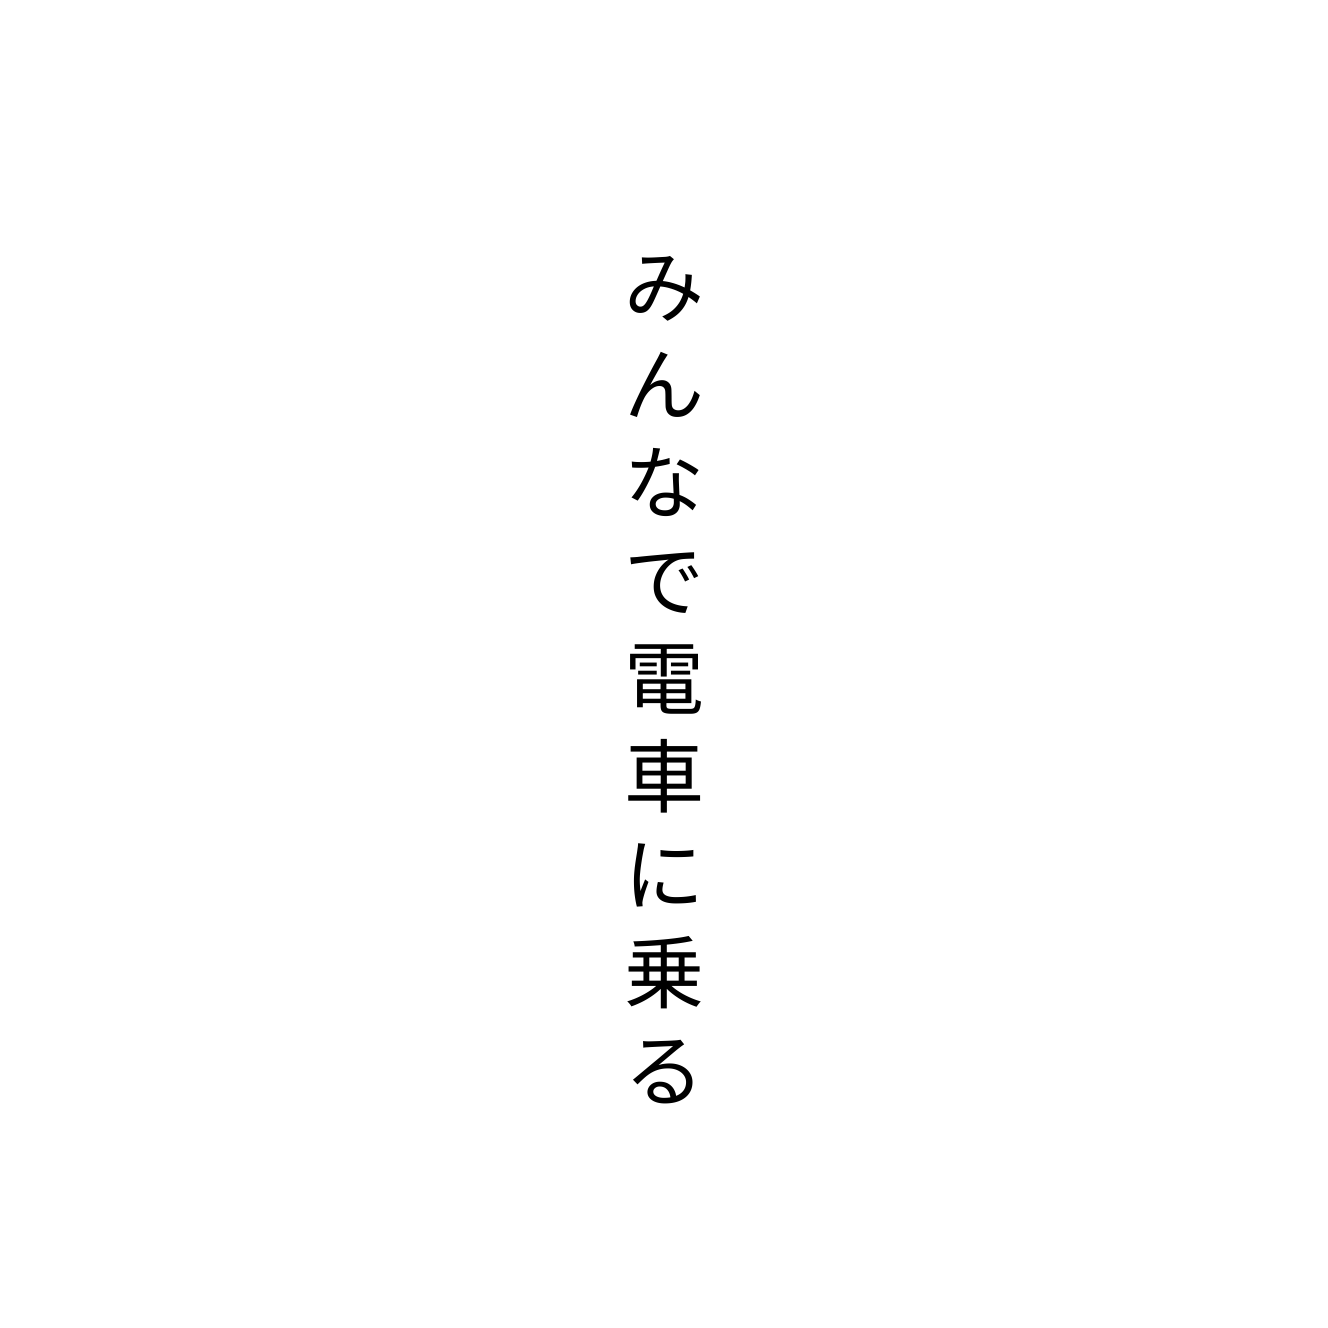
みんなで電車に乗る